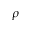
\rho